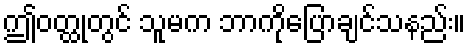
ဤဝတ္ထုတွင် သူမက ဘာကိုပြောချင်သနည်း။